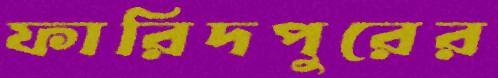
ফারিদপুরের